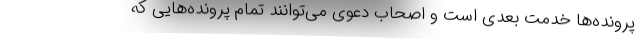
پرونده‌ها خدمت بعدی است و اصحاب دعوی می‌توانند تمام پرونده‌هایی که